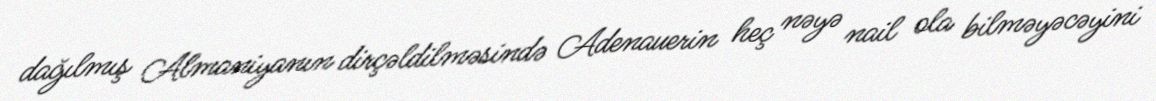
dağılmış Almaniyanın dirçəldilməsində Adenauerin heç nəyə nail ola bilməyəcəyini